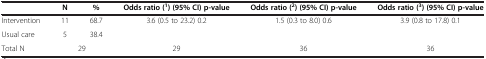
|  | N | % | Odds ratio (1) (95% CI) p-value | Odds ratio (2) (95% CI) p-value | Odds ratio (3) (95% CI) p-value |
 | --- | --- | --- | --- | --- | --- |
 | Intervention | 11 | 68.7 | <ROWSPAN=2> 3.6 (0.5 to 23.2) 0.2 | <ROWSPAN=2> 1.5 (0.3 to 8.0) 0.6 | <ROWSPAN=2> 3.9 (0.8 to 17.8) 0.1 |
 | Usual care | 5 | 38.4 |
 | Total N | <COLSPAN=2> 29 | 29 | 36 | 36 |